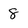
Character: 8